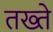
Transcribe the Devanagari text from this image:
तख्‍ते